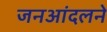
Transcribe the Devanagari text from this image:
जनआंदलने